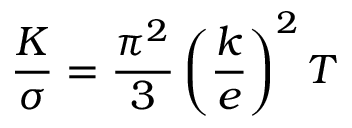
{ \frac { K } { \sigma } } = { \frac { \pi ^ { 2 } } { 3 } } \left( { \frac { k } { e } } \right) ^ { 2 } T